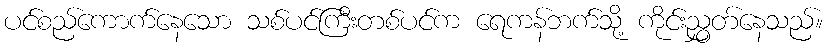
ပင်စည်ကောက်နေသော သစ်ပင်ကြီးတစ်ပင်က ရေကန်ဘက်သို့ ကိုင်းညွှတ်နေသည်။